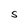
Character: S